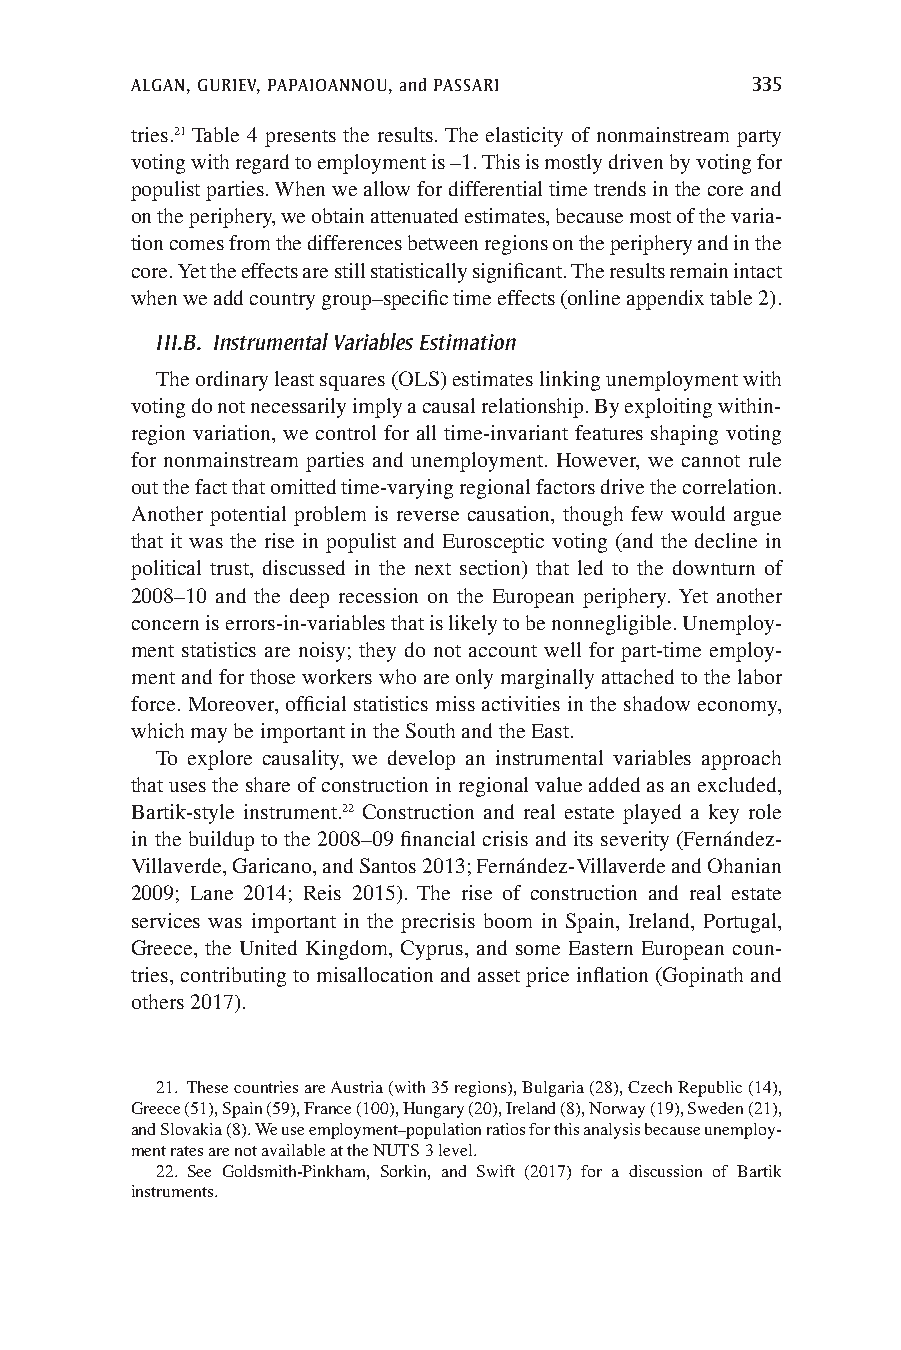
ALGAN, GURIEV, PAPAIOANNOU, and PASSARI  335
 tries.21 Table 4 presents the results. The elasticity of nonmainstream party
 voting with regard to employment is –1. This is mostly driven by voting for
 populist parties. When we allow for differential time trends in the core and
 on the periphery, we obtain attenuated estimates, because most of the varia-
 tion comes from the differences between regions on the periphery and in the
 core. Yet the effects are still statistically significant. The results remain intact
 when we add country group–specific time effects (online appendix table 2).
 III.B. Instrumental Variables Estimation
 The ordinary least squares (OLS) estimates linking unemployment with
 voting do not necessarily imply a causal relationship. By exploiting within-
 region variation, we control for all time-invariant features shaping voting
 for nonmainstream parties and unemployment. However, we cannot rule
 out the fact that omitted time-varying regional factors drive the correlation.
 Another potential problem is reverse causation, though few would argue
 that it was the rise in populist and Eurosceptic voting (and the decline in
 political trust, discussed in the next section) that led to the downturn of
 2008–10 and the deep recession on the European periphery. Yet another
 concern is errors-in-variables that is likely to be nonnegligible. Unemploy-
 ment statistics are noisy; they do not account well for part-time employ-
 ment and for those workers who are only marginally attached to the labor
 force. Moreover, official statistics miss activities in the shadow economy,
 which may be important in the South and the East.
 To explore causality, we develop an instrumental variables approach
 that uses the share of construction in regional value added as an excluded,
 Bartik-style instrument.22 Construction and real estate played a key role
 in the buildup to the 2008–09 financial crisis and its severity (Fernández-
 Villaverde, Garicano, and Santos 2013; Fernández-Villaverde and Ohanian
 2009; Lane 2014; Reis 2015). The rise of construction and real estate
 services was important in the precrisis boom in Spain, Ireland, Portugal,
 Greece, the United Kingdom, Cyprus, and some Eastern European coun-
 tries, contributing to misallocation and asset price inflation (Gopinath and
 others 2017).
 21. These countries are Austria (with 35 regions), Bulgaria (28), Czech Republic (14),
 Greece (51), Spain (59), France (100), Hungary (20), Ireland (8), Norway (19), Sweden (21),
 and Slovakia (8). We use employment–population ratios for this analysis because unemploy-
 ment rates are not available at the NUTS 3 level.
 22. See Goldsmith-Pinkham, Sorkin, and Swift (2017) for a discussion of Bartik
 instruments.